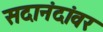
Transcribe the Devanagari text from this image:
सदानंदांवर